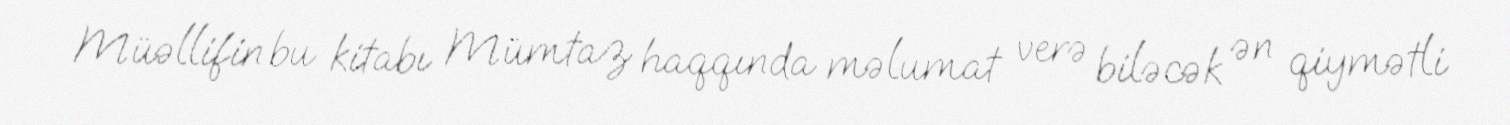
Müəllifin bu kitabı Mümtaz haqqında məlumat verə biləcək ən qiymətli